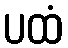
ပထံ